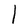
Character: l